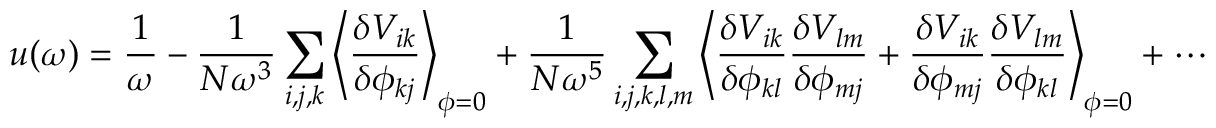
u ( \omega ) = \frac { 1 } { \omega } - \frac { 1 } { N \omega ^ { 3 } } \sum _ { i , j , k } \left\langle \frac { \delta V _ { i k } } { \delta \phi _ { k j } } \right\rangle _ { \boldsymbol { \phi } = 0 } + \frac { 1 } { N \omega ^ { 5 } } \sum _ { i , j , k , l , m } \left\langle \frac { \delta V _ { i k } } { \delta \phi _ { k l } } \frac { \delta V _ { l m } } { \delta \phi _ { m j } } + \frac { \delta V _ { i k } } { \delta \phi _ { m j } } \frac { \delta V _ { l m } } { \delta \phi _ { k l } } \right\rangle _ { \boldsymbol { \phi } = 0 } + \cdots